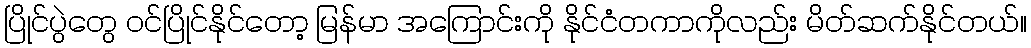
ပြိုင်ပွဲတွေ ဝင်ပြိုင်နိုင်တော့ မြန်မာ အကြောင်းကို နိုင်ငံတကာကိုလည်း မိတ်ဆက်နိုင်တယ်။